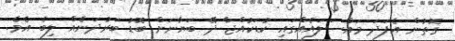
ގޮތުން އެފަދަ މައްސަލައެއްގައި ކުޑަކުއްޖާ ދޭ ބަޔާނަށް ބޮޑު ބަރުދަނެއް ލިބެ އެވެ.